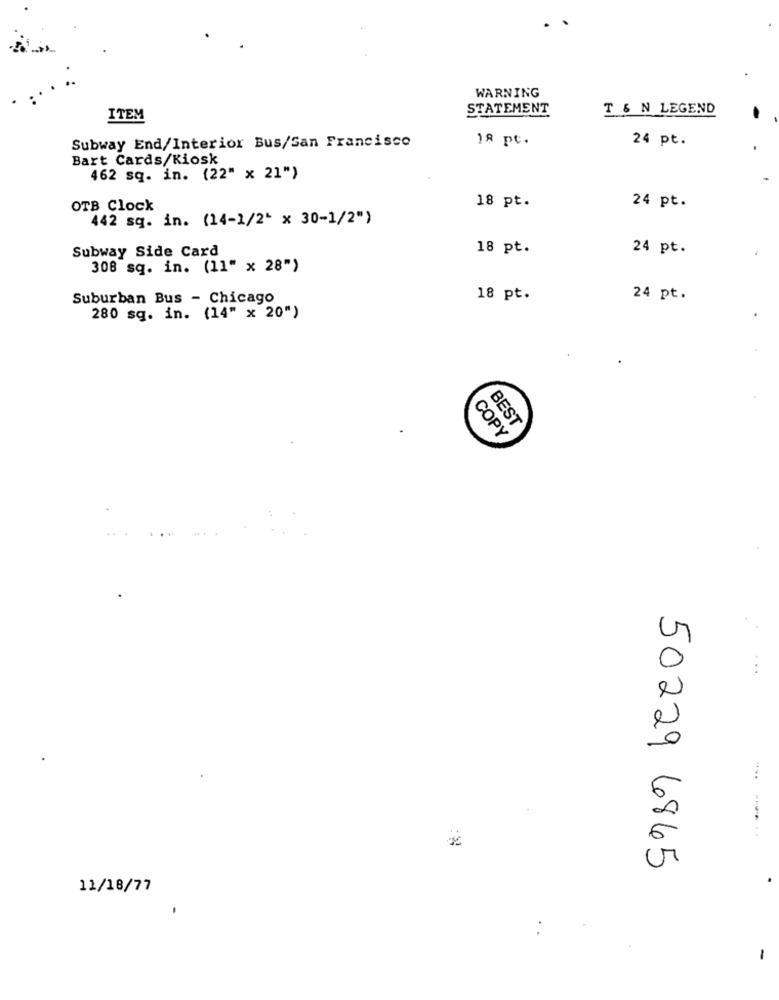
WARNING
STATEMENT
T & N LEGEND
ITEM
18 pt .
24 pt.
Subway End/Interior Bus/San Francisco
Bart Cards/Kiosk
462 sq. in. (22" x 21")
OTB Clock
18 pt.
24 pt.
442 sq. in. (14-1/2" x 30-1/2")
Subway Side Card
18 pt.
24 pt.
308 sq. in. (11" x 28")
Suburban Bus - Chicago
18 pt.
24 pt.
280 sq. in. (14" x 20")
BEST
COPY
50229 6865
11/18/77
-